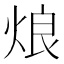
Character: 烺